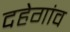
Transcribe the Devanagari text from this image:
दहेगांव